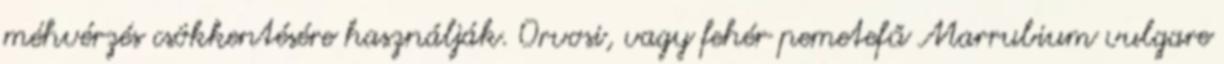
méhvérzés csökkentésére használják. Orvosi, vagy fehér pemetefű Marrubium vulgare